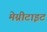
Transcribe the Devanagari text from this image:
मेग्नीटाइट